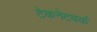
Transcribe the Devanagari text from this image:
टेकनेटवर्क